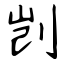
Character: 剀